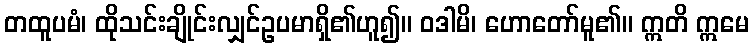
တထူပမံ၊ ထိုသင်းချိုင်းလျှင်ဥပမာရှိ၏ဟူ၍။ ဝဒါမိ၊ ဟောတော်မူ၏။ ဣတိ ဣမေ